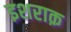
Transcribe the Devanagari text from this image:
इशराक़